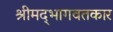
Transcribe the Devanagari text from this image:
श्रीमद्‌भागवतकार